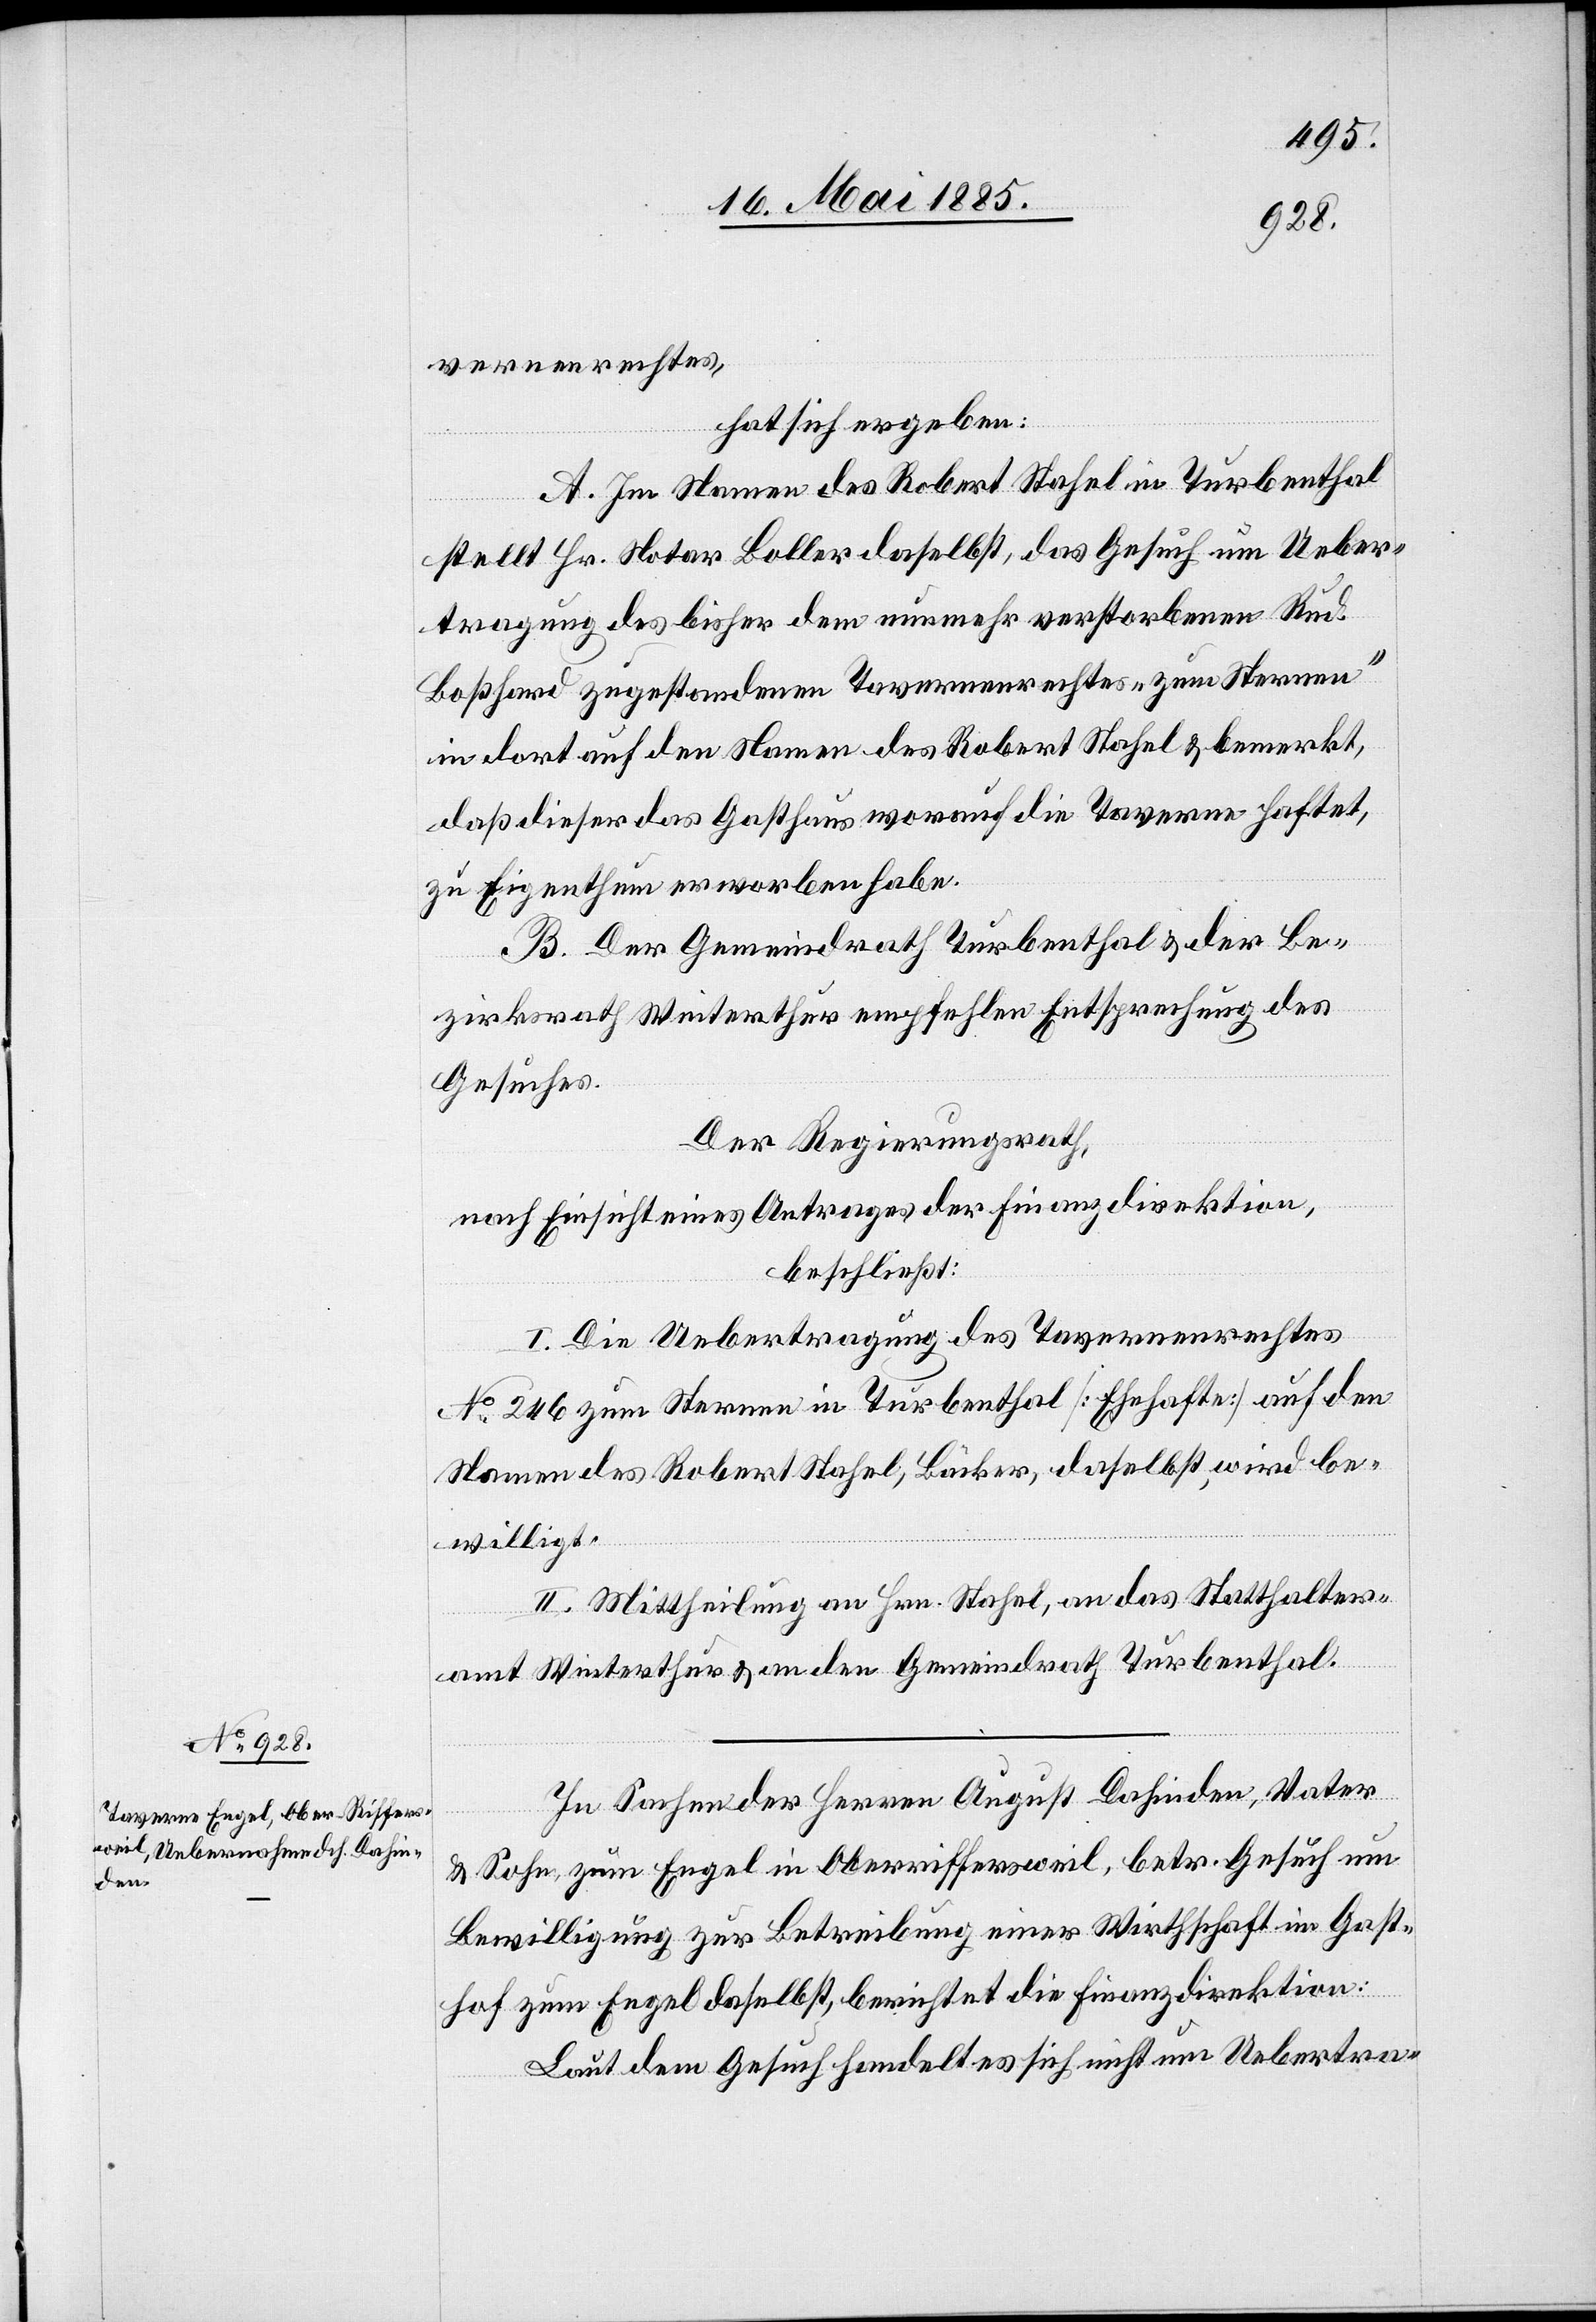
vernenrechtes,
hat sich ergeben:
A. Im Namen des Robert Stahel in Turbenthal
stellt Hr. Notar Boller daselbst, das Gesuch um Ueber¬
tragung des bisher dem nunmehr verstorbenen Rud.
Boßhard zugestandenen Tavernenrechtes „zum Sternen“
in dort auf den Namen des Robert Stahel & bemerkt,
daß dieser das Gasthaus worauf die Taverne haftet,
zu Eigenthum erworben habe.
B. Der Gemeindrath Turbenthal & der Be¬
zirksrath Winterthur empfehlen Entsprechung des
Gesuches.
Der Regierungsrath,
nach Einsicht eines Antrages der Finanzdirektion,
beschließt:
I. Die Uebertragung des Tavernenrechtes
No 246 zum Sternen in Turbenthal [Ehehafte] auf den
Namen des Robert Stahel, Bäcker, daselbst, wird be¬
willigt.
II. Mittheilung an Hrn. Stahel, an das Statthalter¬
amt Winterthur & an den Gemeindrath Turbenthal.
In Sachen der Herren August Dahinden, Vater
& Sohn, zum Engel in Oberriffersweil, betr. Gesuch um
Bewilligung zur Betreibung einer Wirthschaft im Gast¬
hof zum Engel daselbst, berichtet die Finanzdirektion:
Laut dem Gesuch handelt es sich nicht um Uebertra-